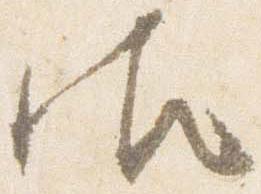
御